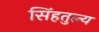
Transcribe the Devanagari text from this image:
सिंहतुल्य